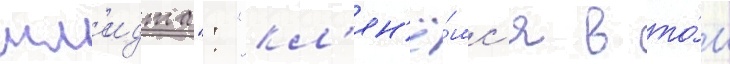
шм'идта": "кл'ян'ё́мс'я в то́м